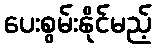
ပေးစွမ်းနိုင်မည့်